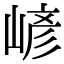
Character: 嵃